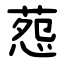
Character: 葾